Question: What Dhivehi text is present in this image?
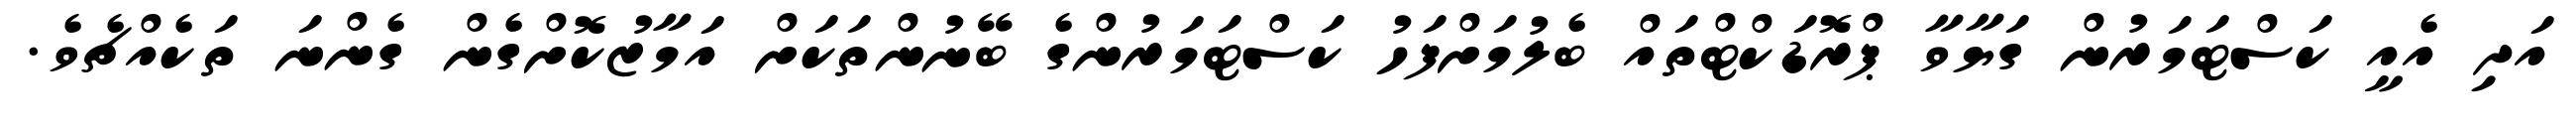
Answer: އަދި އެއީ ކަސްޓަމަރުން ގަޔާވާ ޕްރޮޑަކްޓްތައް ބެލުމަށްފަހު ކަސްޓަމަރުންގެ ބޭނުންތަކަށް އަމާޒުކޮށްގެން ގެންނަ ތަކެއްޗެވެ.